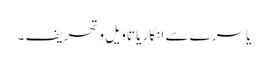
یا سرے سے انکار یا تاویل و تحریف ۔